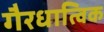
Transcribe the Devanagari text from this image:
गैरधात्विक